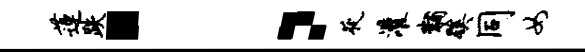
莲跌：夜灌黼蹊同女